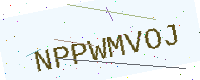
Text: NPPWMVOJ